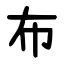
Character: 布